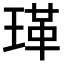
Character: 𭹤